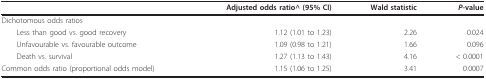
|  | Adjusted odds ratio^ (95% CI) | Wald statistic | P-value |
 | --- | --- | --- | --- |
 | Dichotomous odds ratios |  |  |  |
 | Less than good vs. good recovery | 1.12 (1.01 to 1.23) | 2.26 | 0.024 |
 | Unfavourable vs. favourable outcome | 1.09 (0.98 to 1.21) | 1.66 | 0.096 |
 | Death vs. survival | 1.27 (1.13 to 1.43) | 4.16 | < 0.0001 |
 | Common odds ratio (proportional odds model) | 1.15 (1.06 to 1.25) | 3.41 | 0.0007 |